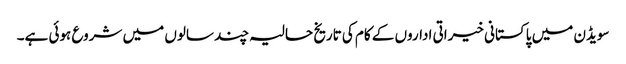
سویڈن میں پاکستانی خیراتی اداروں کے کام کی تاریخ حالیہ چند سالوں میں شروع ہوئی ہے۔